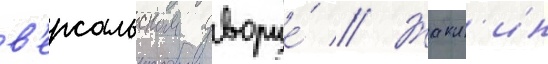
в'ерсальском дворце́ // Жакл'ин